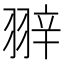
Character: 𦐹